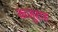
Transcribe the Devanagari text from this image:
कजुराह